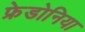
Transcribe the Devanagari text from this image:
फ्रेडोनिया